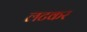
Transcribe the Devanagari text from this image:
लटकर